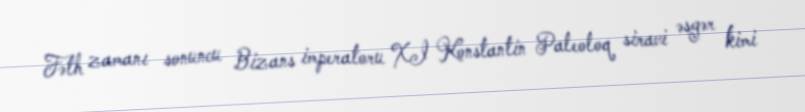
Fəth zamanı sonuncu Bizans imperatoru XI Konstantin Paleoloq siravi əsgər kimi